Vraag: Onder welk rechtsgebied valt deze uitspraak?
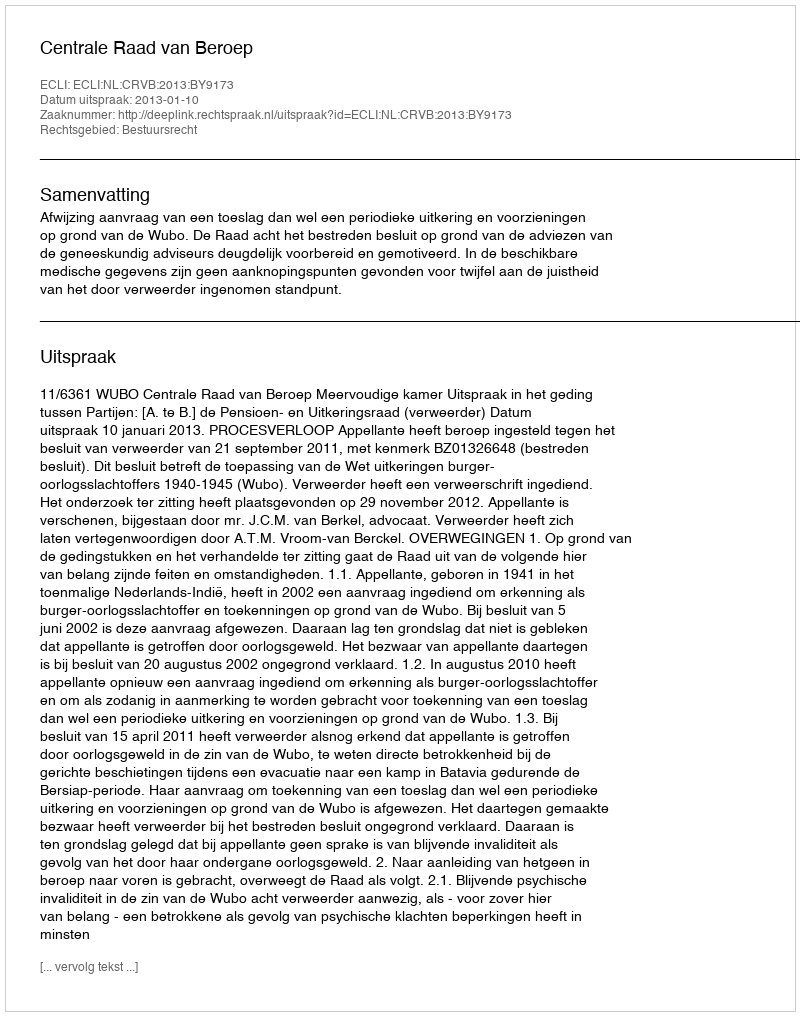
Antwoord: Bestuursrecht